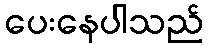
ပေးနေပါသည်